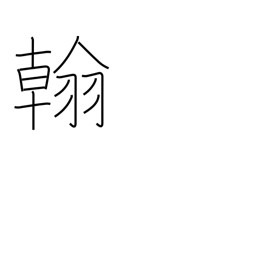
Meaning: letter